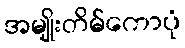
အမျိုးတိမ်ကောပုံ